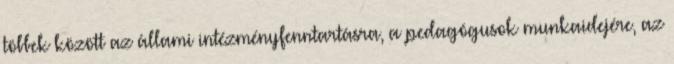
többek között az állami intézményfenntartásra, a pedagógusok munkaidejére, az